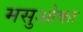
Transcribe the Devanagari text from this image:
मसुओका